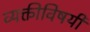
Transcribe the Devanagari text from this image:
व्यक्तीविषयी